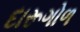
દારૂગોળ